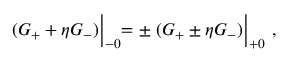
( G _ { + } + \eta G _ { - } ) \Bigl \vert _ { - 0 } = \pm \; ( G _ { + } \pm \eta G _ { - } ) \Bigl \vert _ { + 0 } \ ,